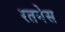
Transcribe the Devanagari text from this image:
रतनेस